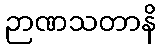
ဉာဏသတာနိ